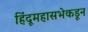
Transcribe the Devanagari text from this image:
हिंदूमहासभेकडून